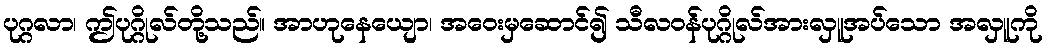
ပုဂ္ဂလာ၊ ဤပုဂ္ဂိုလ်တို့သည်။ အာဟုနေယျော၊ အဝေးမှဆောင်၍ သီလဝန်ပုဂ္ဂိုလ်အားလှူအပ်သော အလှူကို